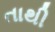
તાથી